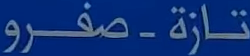
تازة-صفرو